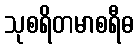
သုစရိတမာစရီဓ